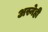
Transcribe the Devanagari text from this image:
अस्नेही